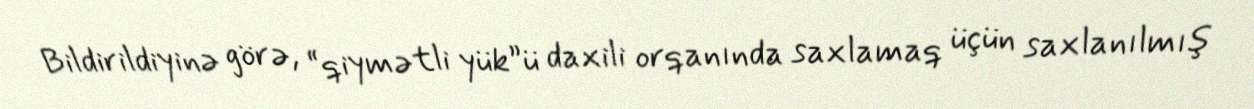
Bildirildiyinə görə, “qiymətli yük”ü daxili orqanında saxlamaq üçün saxlanılmış